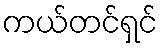
ကယ်တင်ရှင်